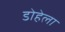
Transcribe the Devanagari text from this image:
डोहेला